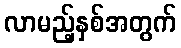
လာမည့်နှစ်အတွက်